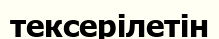
тексерілетін